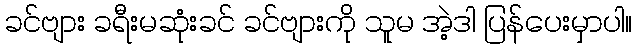
ခင်ဗျား ခရီးမဆုံးခင် ခင်ဗျားကို သူမ အဲ့ဒါ ပြန်ပေးမှာပါ။